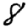
Digit: 8